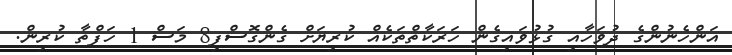
އަންހެނުންގެ ދުވަހާއި ގުޅުވައިގެން ހަރަކާތްތަކެއް ކުރިޔަށް ގެންގޮސްފި8 މަސް 1 ހަފްތާ ކުރިން.